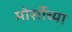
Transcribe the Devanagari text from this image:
मोर्सीच्या